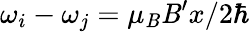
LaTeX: \omega_{i}-\omega_{j}=\mu_{\mathit{B}}\mathit{B}^{\prime}x/2\hbar